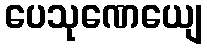
ပေသုဏေယျေ